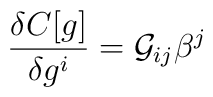
\frac{\delta C[g]}{\delta g^i} = {\cal G}_{ij}\beta^j